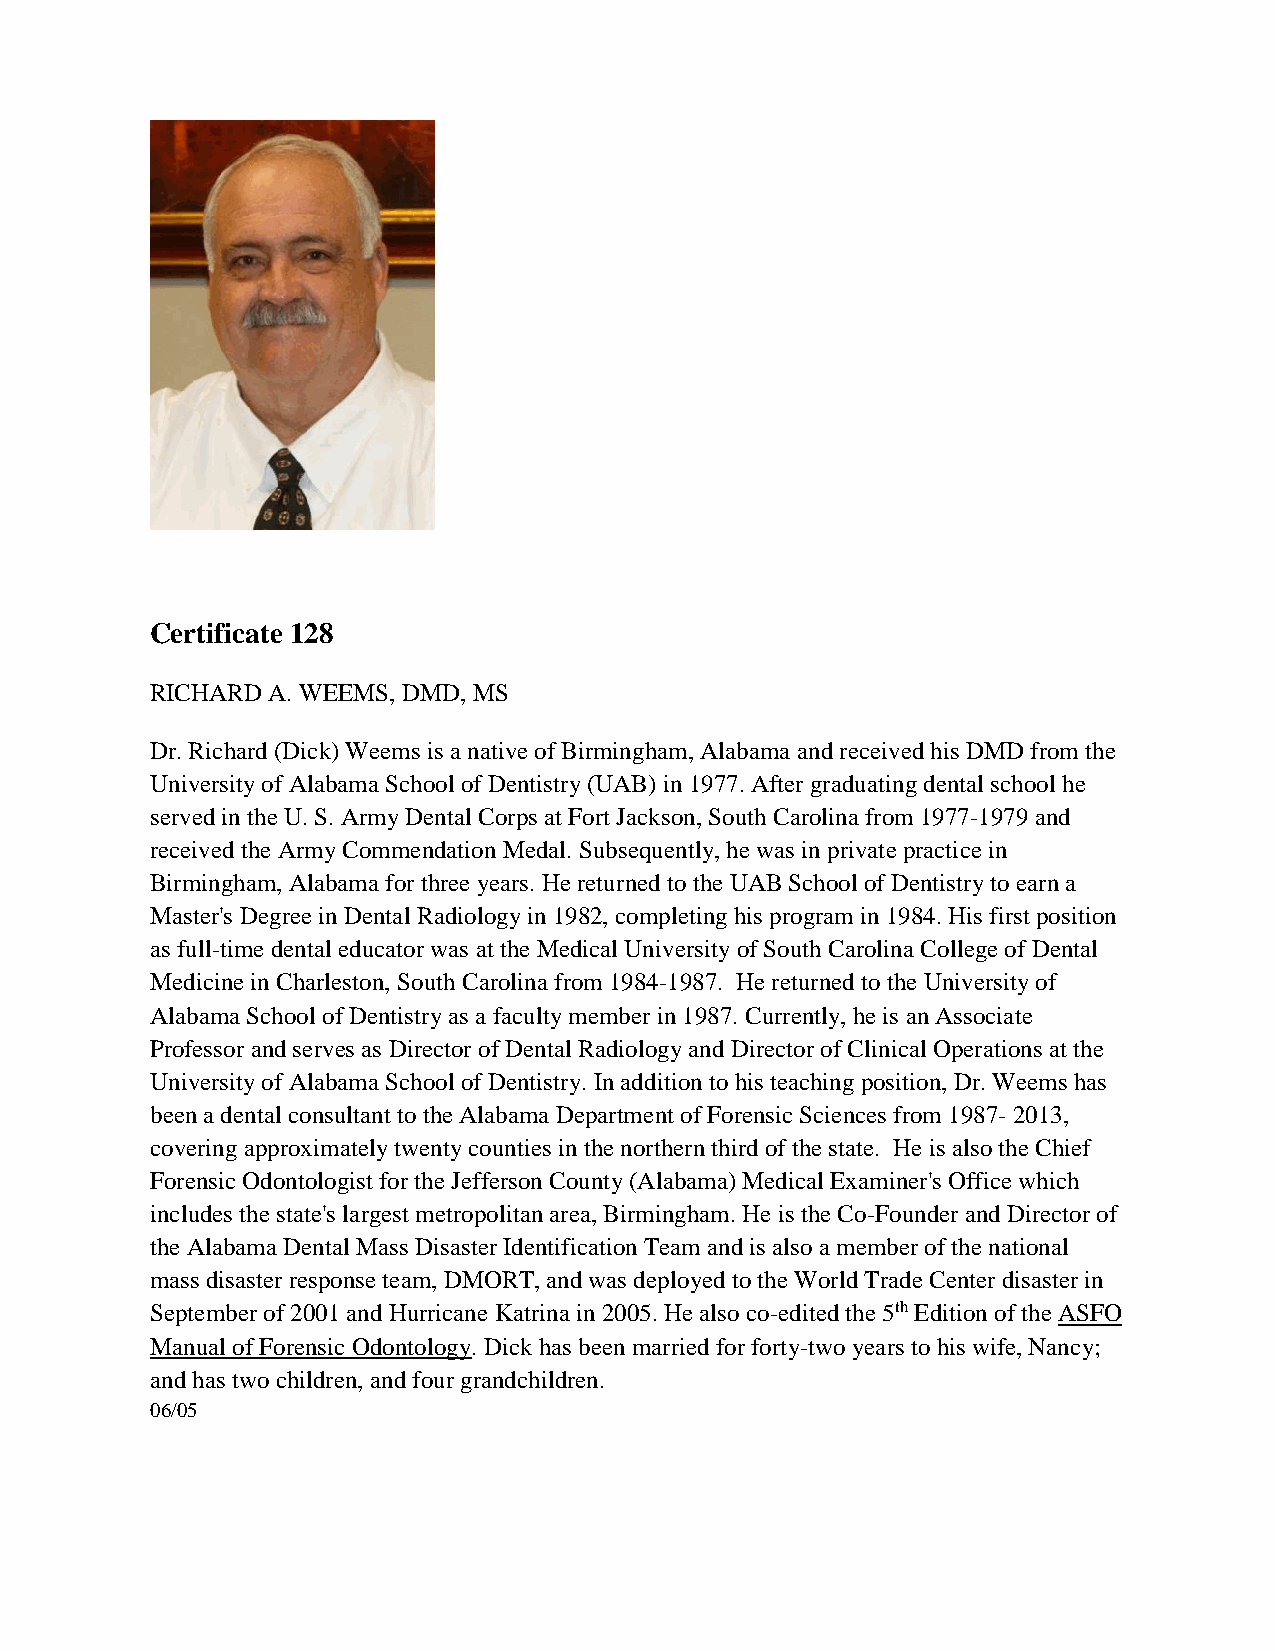
Certificate 128
 RICHARD A. WEEMS, DMD, MS
 Dr. Richard (Dick) Weems is a native of Birmingham, Alabama and received his DMD from the
 University of Alabama School of Dentistry (UAB) in 1977. After graduating dental school he
 served in the U. S. Army Dental Corps at Fort Jackson, South Carolina from 1977-1979 and
 received the Army Commendation Medal. Subsequently, he was in private practice in
 Birmingham, Alabama for three years. He returned to the UAB School of Dentistry to earn a
 Master's Degree in Dental Radiology in 1982, completing his program in 1984. His first position
 as full-time dental educator was at the Medical University of South Carolina College of Dental
 Medicine in Charleston, South Carolina from 1984-1987. He returned to the University of
 Alabama School of Dentistry as a faculty member in 1987. Currently, he is an Associate
 Professor and serves as Director of Dental Radiology and Director of Clinical Operations at the
 University of Alabama School of Dentistry. In addition to his teaching position, Dr. Weems has
 been a dental consultant to the Alabama Department of Forensic Sciences from 1987- 2013,
 covering approximately twenty counties in the northern third of the state. He is also the Chief
 Forensic Odontologist for the Jefferson County (Alabama) Medical Examiner's Office which
 includes the state's largest metropolitan area, Birmingham. He is the Co-Founder and Director of
 the Alabama Dental Mass Disaster Identification Team and is also a member of the national
 mass disaster response team, DMORT, and was deployed to the World Trade Center disaster in
 September of 2001 and Hurricane Katrina in 2005. He also co-edited the 5th Edition of the ASFO
 Manual of Forensic Odontology. Dick has been married for forty-two years to his wife, Nancy;
 and has two children, and four grandchildren.
 06/05